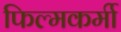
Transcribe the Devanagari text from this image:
फिल्मकर्मी